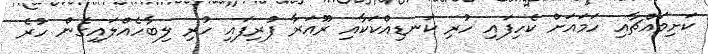
ކަށިމައްޗާއި ހަމައަށް ކެހިފައި ހުރި ކަނޑިއްކަކާއި ރޫއަރާ ފުރިފައި ހުރި ލިބާހެއްލައިގެން ހުރެ